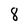
Character: 8